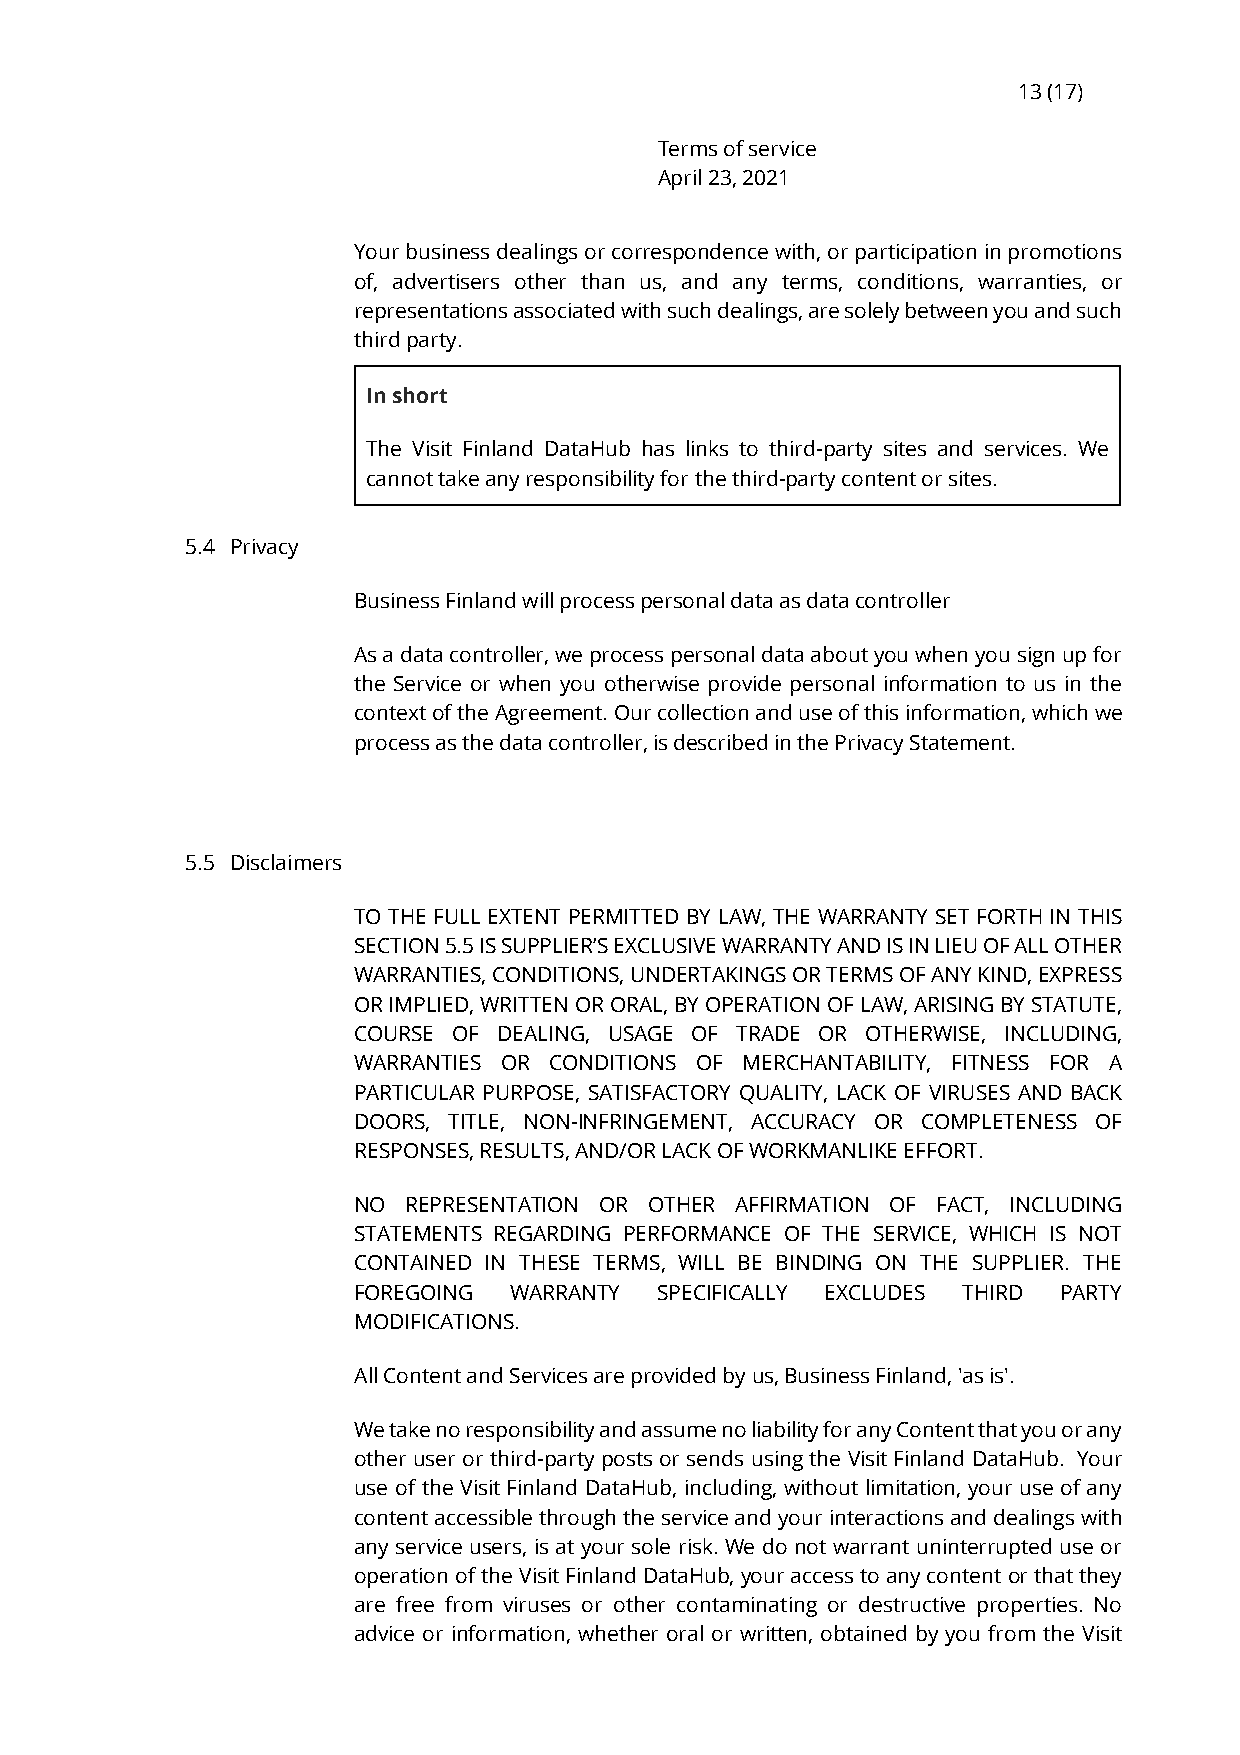
13 (17)
 Terms of service
 April 23, 2021
 Your business dealings or correspondence with, or participation in promotions
 of, advertisers other than us, and any terms, conditions, warranties, or
 representations associated with such dealings, are solely between you and such
 third party.
 In short
 The Visit Finland DataHub has links to third-party sites and services. We
 cannot take any responsibility for the third-party content or sites.
 5.4 Privacy
 Business Finland will process personal data as data controller
 As a data controller, we process personal data about you when you sign up for
 the Service or when you otherwise provide personal information to us in the
 context of the Agreement. Our collection and use of this information, which we
 process as the data controller, is described in the Privacy Statement.
 5.5 Disclaimers
 TO THE FULL EXTENT PERMITTED BY LAW, THE WARRANTY SET FORTH IN THIS
 SECTION 5.5 IS SUPPLIER’S EXCLUSIVE WARRANTY AND IS IN LIEU OF ALL OTHER
 WARRANTIES, CONDITIONS, UNDERTAKINGS OR TERMS OF ANY KIND, EXPRESS
 OR IMPLIED, WRITTEN OR ORAL, BY OPERATION OF LAW, ARISING BY STATUTE,
 COURSE OF DEALING, USAGE OF TRADE OR OTHERWISE, INCLUDING,
 WARRANTIES OR CONDITIONS OF MERCHANTABILITY, FITNESS FOR A
 PARTICULAR PURPOSE, SATISFACTORY QUALITY, LACK OF VIRUSES AND BACK
 DOORS, TITLE, NON-INFRINGEMENT, ACCURACY OR COMPLETENESS OF
 RESPONSES, RESULTS, AND/OR LACK OF WORKMANLIKE EFFORT.
 NO  REPRESENTATION OR OTHER AFFIRMATION OF FACT, INCLUDING
 STATEMENTS REGARDING PERFORMANCE OF THE SERVICE, WHICH IS NOT
 CONTAINED IN THESE TERMS, WILL BE BINDING ON THE SUPPLIER. THE
 FOREGOING  WARRANTY  SPECIFICALLY EXCLUDES THIRD PARTY
 MODIFICATIONS.
 All Content and Services are provided by us, Business Finland, 'as is'.
 We take no responsibility and assume no liability for any Content that you or any
 other user or third-party posts or sends using the Visit Finland DataHub. Your
 use of the Visit Finland DataHub, including, without limitation, your use of any
 content accessible through the service and your interactions and dealings with
 any service users, is at your sole risk. We do not warrant uninterrupted use or
 operation of the Visit Finland DataHub, your access to any content or that they
 are free from viruses or other contaminating or destructive properties. No
 advice or information, whether oral or written, obtained by you from the Visit